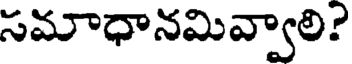
సమాధానమివ్వాలి?